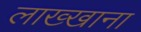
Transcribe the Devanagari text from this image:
लाख्खाना